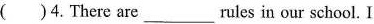
( )4.There are___rules in our school. I